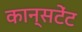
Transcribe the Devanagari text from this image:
कान्सटेंट